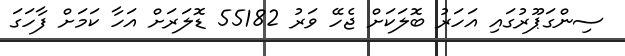
ސިންގަޕޫރުގައި އަހަރު ބޮލަކަށް ޖެހޭ ވަރު 55182 ޑޮލަރަށް އަހާ ކަމަށް ފާހަގަ